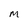
Character: M